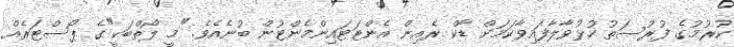
ކުރުމުގެ ފުރުސަތު ހުޅުވާލާފައިވާކަމަށް ޑާކް ރެއިން އެންޓަޓައިންމެންޓުން ބުނެއެވެ. "މީ ލޯތްބަކީ"ގެ ޕޯސްޓަރެއް